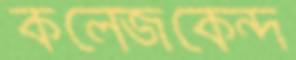
কলেজকেন্দ